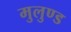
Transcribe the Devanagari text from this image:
मुलुण्ड